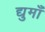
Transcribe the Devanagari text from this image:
द्युमाँ